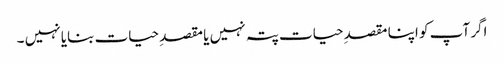
اگر آپ کو اپنا مقصدِ حیات پتہ نہیں یا مقصدِ حیات بنایا نہیں ۔